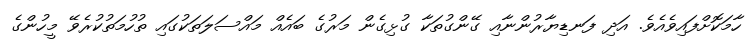
ހާމަކޮށްފައިވެއެވެ. އަދި ފަނޑިޔާރުންނާއި ގޭންގުތަކާ ގުޅިގެން މަރުގެ ބައެއް މައްސަލަތަކުގައި ތުހުމަތުކުރެވޭ މީހުންގެ